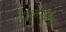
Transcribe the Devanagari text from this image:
चुभाकर